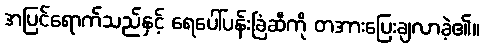
အပြင်ရောက်သည်နှင့် ရေပေါ်ပန်းခြံဆီကို တအားပြေးချလာခဲ့၏။